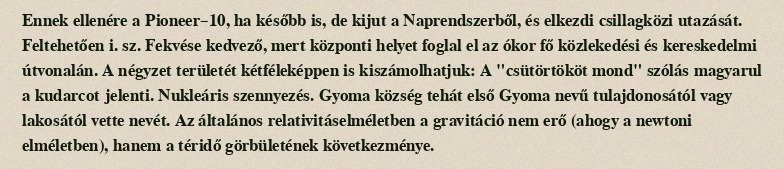
Ennek ellenére a Pioneer–10, ha később is, de kijut a Naprendszerből, és elkezdi csillagközi utazását. Feltehetően i. sz. Fekvése kedvező, mert központi helyet foglal el az ókor fő közlekedési és kereskedelmi útvonalán. A négyzet területét kétféleképpen is kiszámolhatjuk: A "csütörtököt mond" szólás magyarul a kudarcot jelenti. Nukleáris szennyezés. Gyoma község tehát első Gyoma nevű tulajdonosától vagy lakosától vette nevét. Az általános relativitáselméletben a gravitáció nem erő (ahogy a newtoni elméletben), hanem a téridő görbületének következménye.